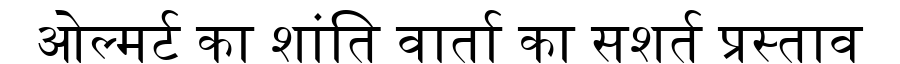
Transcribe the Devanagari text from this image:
ओल्मर्ट का शांति वार्ता का सशर्त प्रस्ताव